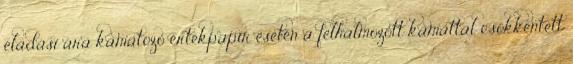
eladási ára kamatozó értékpapír esetén a felhalmozott kamattal csökkentett